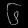
Digit: ၆